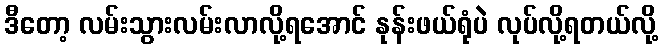
ဒီတော့ လမ်းသွားလမ်းလာလို့ရအောင် နုန်းဖယ်ရုံပဲ လုပ်လို့ရတယ်လို့